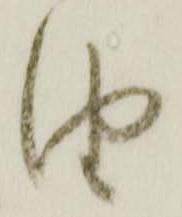
由